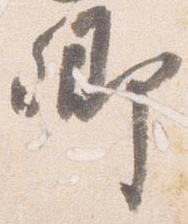
卿